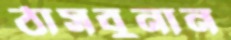
ঠাসবুনান